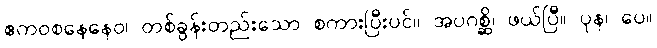
ဧကဝစနေနေဝ၊ တစ်ခွန်းတည်းသော စကားပြီးပင်။ အပဂစ္ဆိ၊ ဖယ်ပြီ။ ပုန၊ ပေ။